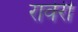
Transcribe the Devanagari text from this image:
रावेरी